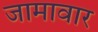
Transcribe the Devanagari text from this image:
जामावार